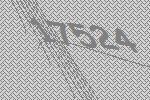
17524